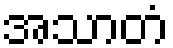
အသာတံ